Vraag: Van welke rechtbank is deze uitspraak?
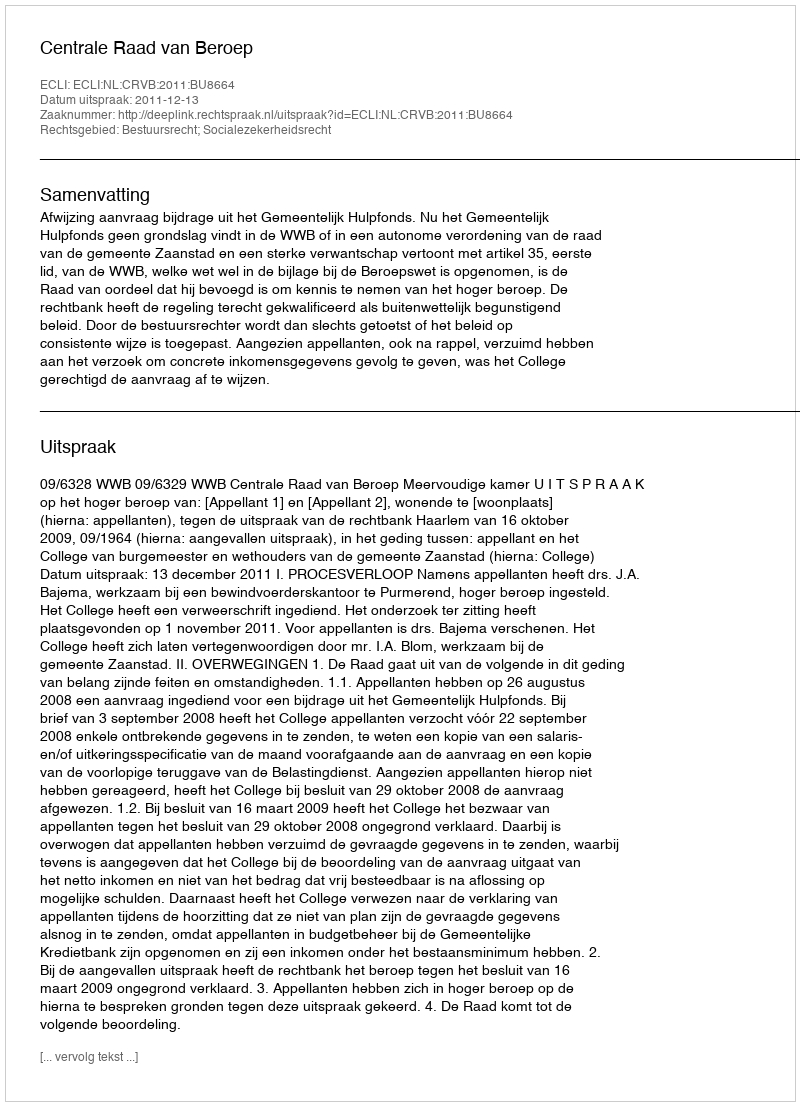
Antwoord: Centrale Raad van Beroep